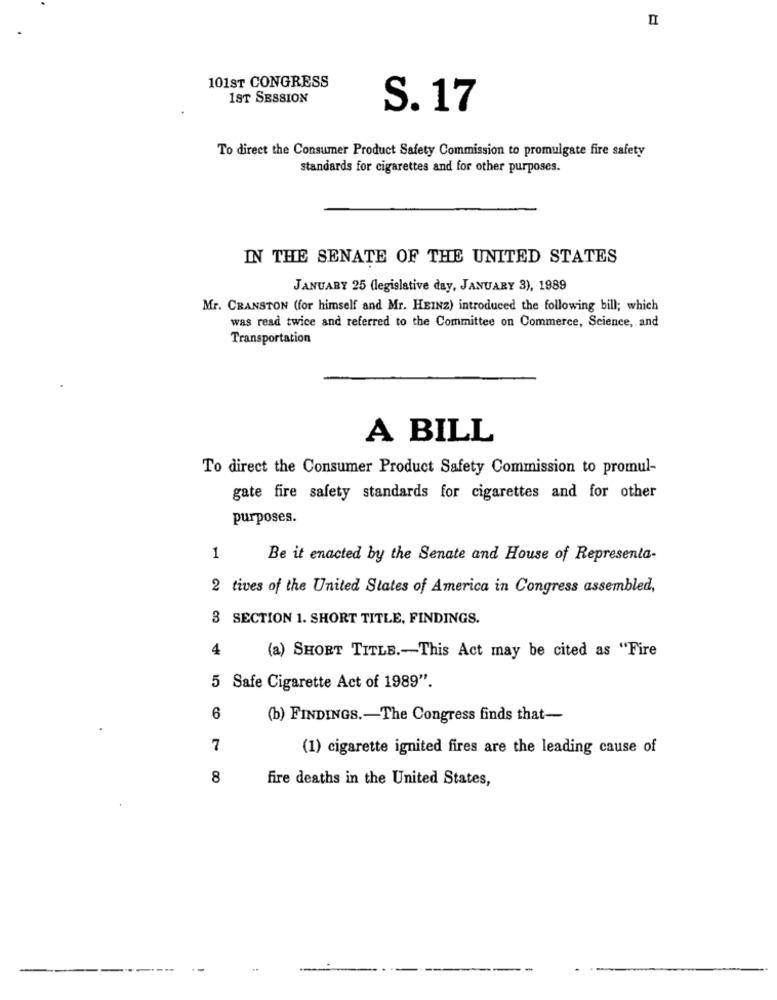
II
101ST CONGRESS
1ST SESSION
S. 17
To direct the Consumer Product Safety Commission to promulgate fire safety
standards for cigarettes and for other purposes.
IN THE SENATE OF THE UNITED STATES
JANUARY 25 (legislative day, JANUARY 3), 1989
Mr. CRANSTON (for himself and Mr. HEINZ) introduced the following bill; which
was read twice and referred to the Committee on Commerce, Science, and
Transportation
A BILL
To direct the Consumer Product Safety Commission to promul-
gate fire safety standards for cigarettes and for other
purposes.
1
Be it enacted by the Senate and House of Representa-
2 tives of the United States of America in Congress assembled,
3 SECTION 1. SHORT TITLE, FINDINGS.
4
(a) SHORT TITLE .- This Act may be cited as "Fire
5 Safe Cigarette Act of 1989".
6
(b) FINDINGS .- The Congress finds that-
7
(1) cigarette ignited fires are the leading cause of
8
fire deaths in the United States,
----